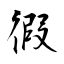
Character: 徦